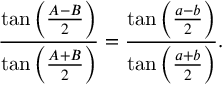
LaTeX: { \frac { \tan \left( { \frac { A - B } { 2 } } \right) } { \tan \left( { \frac { A + B } { 2 } } \right) } } = { \frac { \tan \left( { \frac { a - b } { 2 } } \right) } { \tan \left( { \frac { a + b } { 2 } } \right) } } .